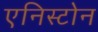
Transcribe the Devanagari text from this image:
एनिस्टोन